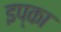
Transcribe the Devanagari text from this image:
इप्का